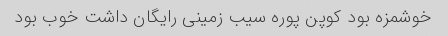
خوشمزه بود کوپن پوره سیب زمینی رایگان داشت خوب بود